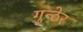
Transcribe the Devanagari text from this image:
गुन्ठेर